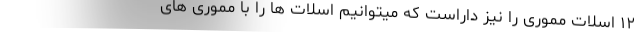
۱۲ اسلات مموری را نیز داراست که میتوانیم اسلات ها را با مموری های